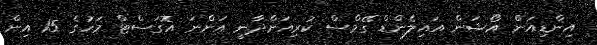
އިންޑިއަން އޯޝަން އައިލެންޑް ގޭމްސް ކުރިއަށްދާނީ އަންނަ އޮގަސްޓް މަހުގެ 15 އިން